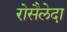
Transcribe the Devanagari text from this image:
रोसैलेदा